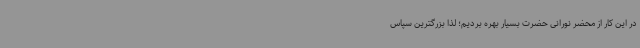
در این کار از محضر نورانی حضرت بسیار بهره بردیم؛ لذا بزرگترین سپاس